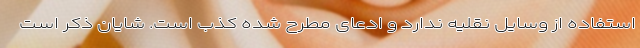
استفاده از وسایل نقلیه ندارد و ادعای مطرح شده کذب است. شایان ذکر است